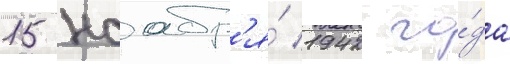
15 ноабр'я́ 1942 го́да